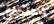
بصندوق